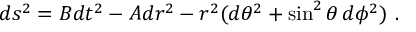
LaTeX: d s ^ { 2 } = B d t ^ { 2 } - A d r ^ { 2 } - r ^ { 2 } ( d \theta ^ { 2 } + \sin ^ { 2 } \theta \, d \phi ^ { 2 } ) \ .